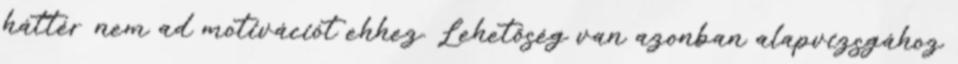
háttér nem ad motivációt ehhez. Lehetőség van azonban alapvizsgához